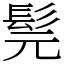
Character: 髨